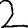
Digit: 2